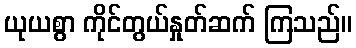
ယုယစွာ ကိုင်တွယ်နှုတ်ဆက် ကြသည်။